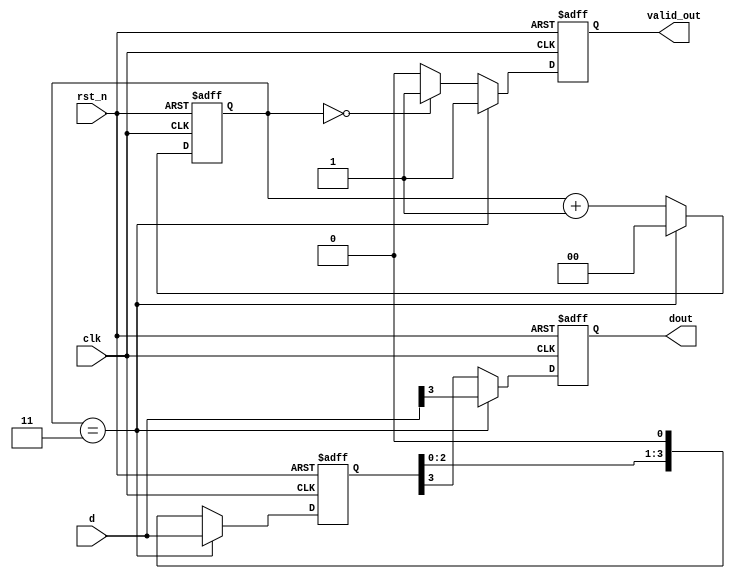
module parallel2serial(
    input wire clk,
    input wire rst_n,
    input wire [3:0] d,
    output reg valid_out,
    output reg dout
);

    // State representation
    reg [1:0] cnt; // 2-bit counter to keep track of the shifting
    reg [3:0] data; // Register to hold the current data

    always @(posedge clk or negedge rst_n) begin
        if (!rst_n) begin
            // Synchronous reset: reset counter and output
            cnt <= 2'b00;
            valid_out <= 1'b0;
            dout <= 1'b0;
            data <= 4'd0;
        end else begin
            if (cnt == 3) begin
                // Last bit was shifted out, load new data and reset counter
                data <= d;
                cnt <= 2'b00;
                valid_out <= 1'b1; // Indicate that valid data is available
                dout <= d[3]; // Output MSB
            end else begin
                // Shift data and increment counter
                data <= data << 1; // Shift left by 1 bit
                dout <= data[3]; // Output next bit
                cnt <= cnt + 1'b1;
                valid_out <= (cnt == 2'b00)? 1'b1 : 1'b0; // Set valid_out only when new data is loaded
            end
        end
    end

endmodule